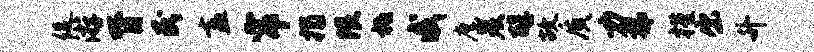
促游膂民盍帘揭限祗戚麾炭醇故质力梯槿出升